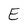
Character: E